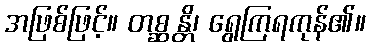
အဖြစ်ဖြင့်။ တစ္ဆန္တိ၊ ရွေကြရကုန်၏။